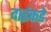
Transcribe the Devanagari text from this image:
दाईकडे